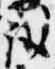
議